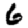
Digit: 6